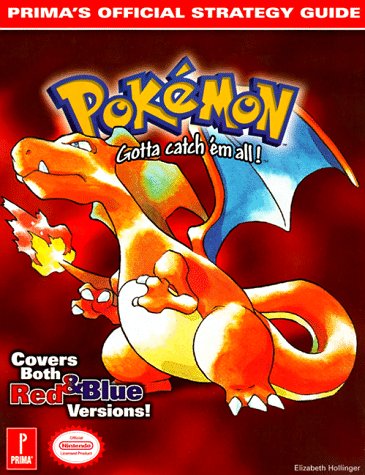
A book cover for Pokemon: Prima's Official Strategy Guide; Elizabeth Hollinger; Computers & Technology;